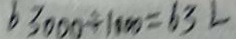
6 3 0 0 0 \div 1 0 0 0 = 6 3 L